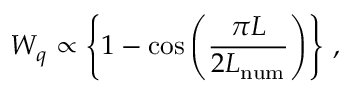
W _ { q } \propto \left\{ 1 - \cos \left( \frac { \pi L } { 2 L _ { \mathrm { n u m } } } \right) \right\} \, ,